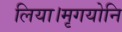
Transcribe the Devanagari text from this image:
लिया।मृगयोनि